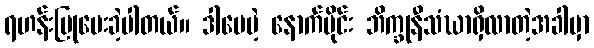
ရဟန်းပြုပေးခဲ့ပါတယ်။ ဒါပေမဲ့ နောက်ပိုင်း ဘိက္ခုနီသံဃာရှိလာတဲ့အခါမှာ